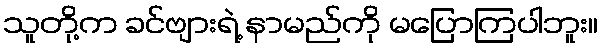
သူတို့က ခင်ဗျားရဲ့ နာမည်ကို မပြောကြပါဘူး။